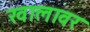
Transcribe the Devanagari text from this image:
खालावर